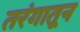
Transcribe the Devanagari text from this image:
तरंगातून